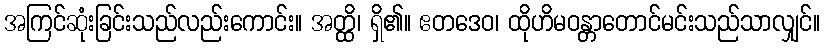
အကြင်ဆုံးခြင်းသည်လည်းကောင်း။ အတ္ထိ၊ ရှိ၏။ ဧတဒေဝ၊ ထိုဟိမဝန္တာတောင်မင်းသည်သာလျှင်။